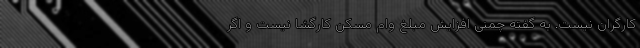
کارگران نیست. به گفته چمنی افزایش مبلغ وام مسکن کارگشا نیست و اگر